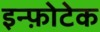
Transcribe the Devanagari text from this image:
इन्फ़ोटेक